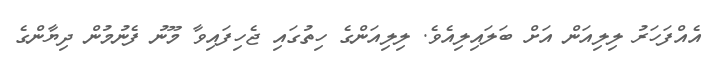
އެއްފަހަރު ލިލިއަން އަށް ބަލައިލިއެވެ. ލިލިއަންގެ ހިތުގައި ޖެހިފައިވާ މޫނު ފެނުމުން ދިޔާންގެ